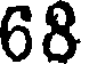
68